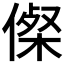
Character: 𠍇